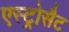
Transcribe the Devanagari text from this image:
एस्ट्रोसैट